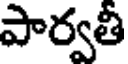
పార్వతీ